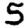
Digit: 5